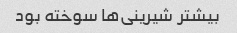
بیشتر شیرینی‌ها سوخته بود